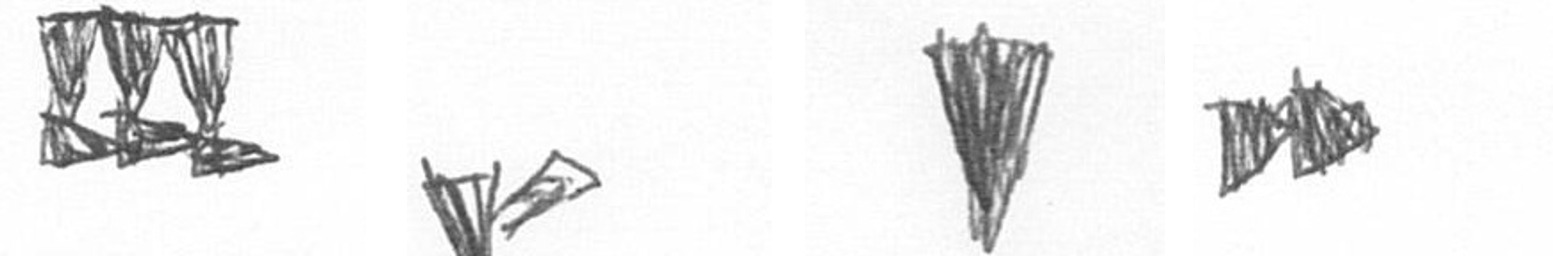
D F J A